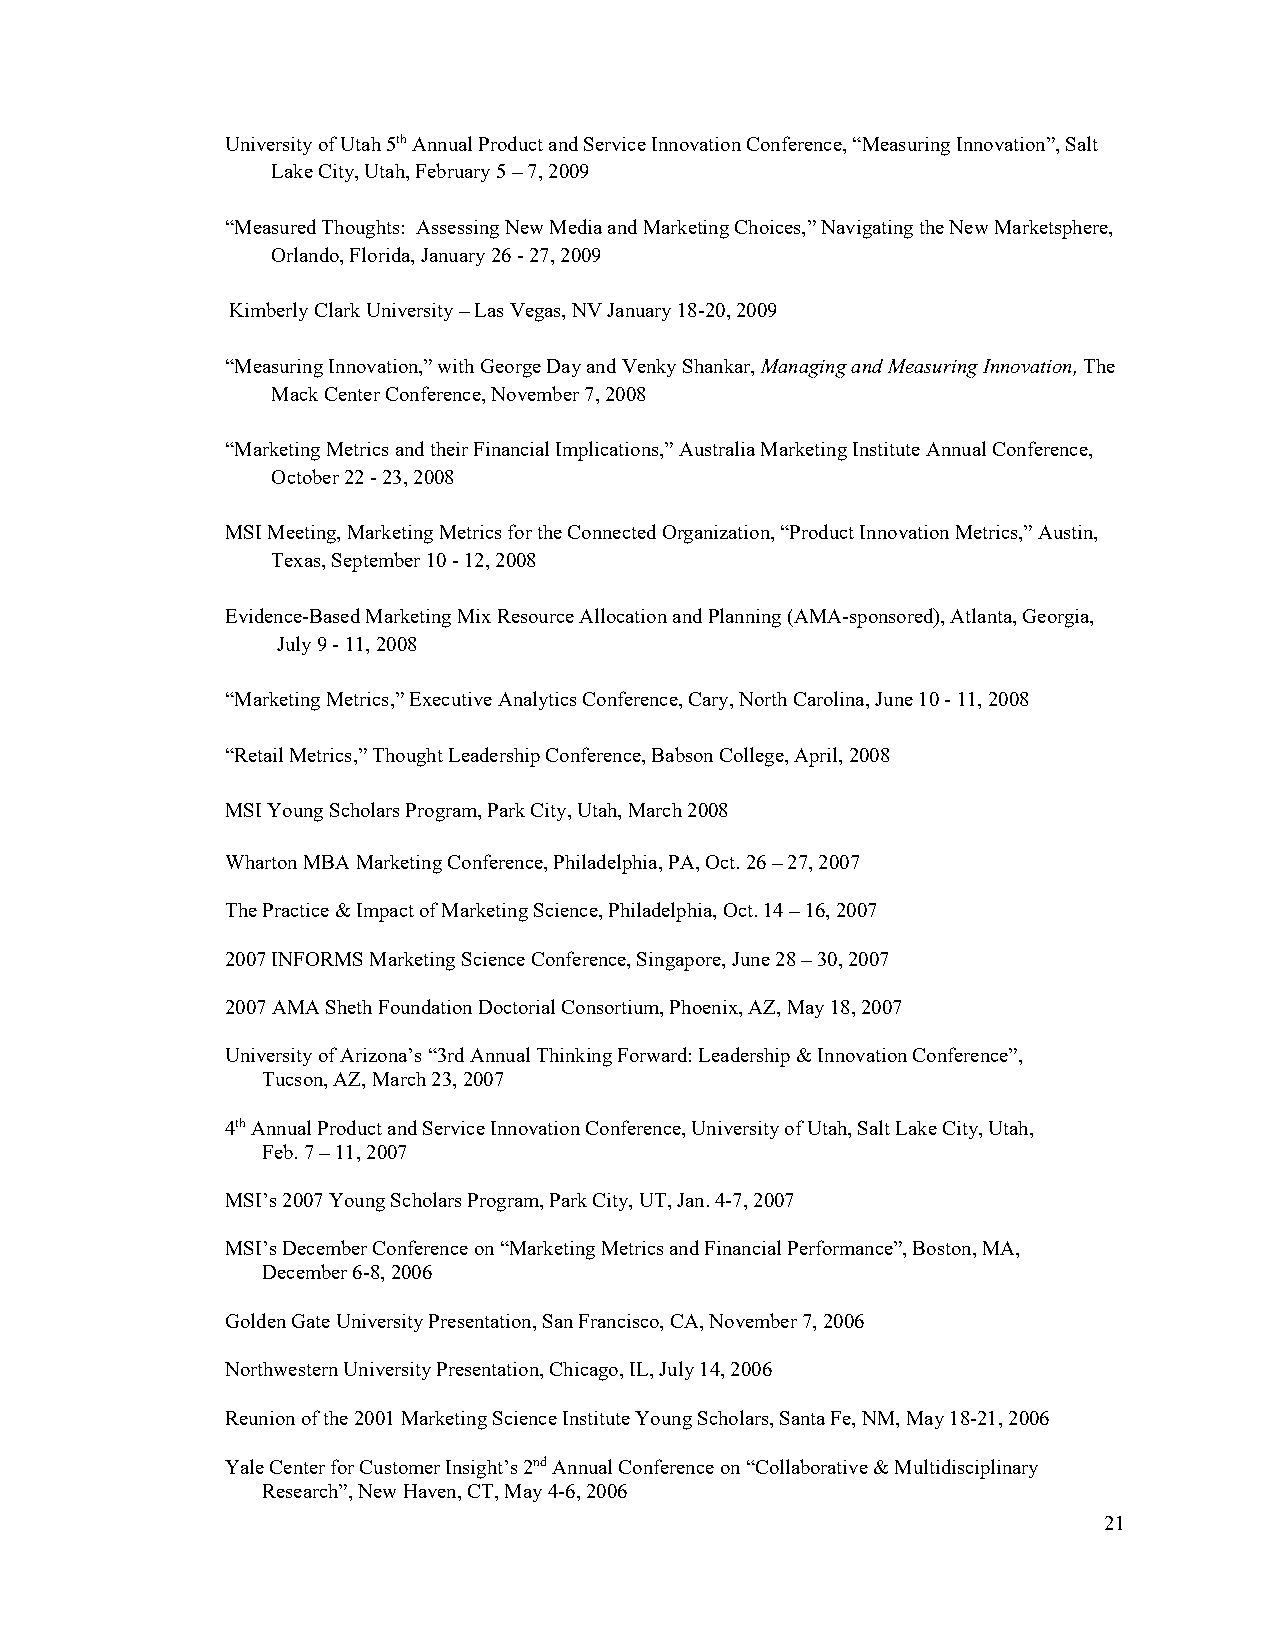
University of Utah 5th Annual Product and Service Innovation Conference, “Measuring Innovation”, Salt
 Lake City, Utah, February 5 – 7, 2009
 “Measured Thoughts: Assessing New Media and Marketing Choices,” Navigating the New Marketsphere,
 Orlando, Florida, January 26 - 27, 2009
 Kimberly Clark University – Las Vegas, NV January 18-20, 2009
 “Measuring Innovation,” with George Day and Venky Shankar, Managing and Measuring Innovation, The
 Mack Center Conference, November 7, 2008
 “Marketing Metrics and their Financial Implications,” Australia Marketing Institute Annual Conference,
 October 22 - 23, 2008
 MSI Meeting, Marketing Metrics for the Connected Organization, “Product Innovation Metrics,” Austin,
 Texas, September 10 - 12, 2008
 Evidence-Based Marketing Mix Resource Allocation and Planning (AMA-sponsored), Atlanta, Georgia,
 July 9 - 11, 2008
 “Marketing Metrics,” Executive Analytics Conference, Cary, North Carolina, June 10 - 11, 2008
 “Retail Metrics,” Thought Leadership Conference, Babson College, April, 2008
 MSI Young Scholars Program, Park City, Utah, March 2008
 Wharton MBA Marketing Conference, Philadelphia, PA, Oct. 26 – 27, 2007
 The Practice & Impact of Marketing Science, Philadelphia, Oct. 14 – 16, 2007
 2007 INFORMS Marketing Science Conference, Singapore, June 28 – 30, 2007
 2007 AMA Sheth Foundation Doctorial Consortium, Phoenix, AZ, May 18, 2007
 University of Arizona’s “3rd Annual Thinking Forward: Leadership & Innovation Conference”,
 Tucson, AZ, March 23, 2007
 4th Annual Product and Service Innovation Conference, University of Utah, Salt Lake City, Utah,
 Feb. 7 – 11, 2007
 MSI’s 2007 Young Scholars Program, Park City, UT, Jan. 4-7, 2007
 MSI’s December Conference on “Marketing Metrics and Financial Performance”, Boston, MA,
 December 6-8, 2006
 Golden Gate University Presentation, San Francisco, CA, November 7, 2006
 Northwestern University Presentation, Chicago, IL, July 14, 2006
 Reunion of the 2001 Marketing Science Institute Young Scholars, Santa Fe, NM, May 18-21, 2006
 Yale Center for Customer Insight’s 2nd Annual Conference on “Collaborative & Multidisciplinary
 Research”, New Haven, CT, May 4-6, 2006
 21